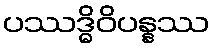
ပဿဒ္ဓိဝိပန္နဿ